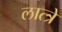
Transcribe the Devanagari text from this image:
लात्त्रे